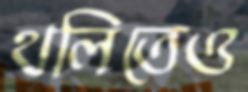
থলিতেও